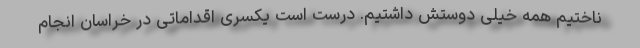
ناختیم همه خیلی دوستش داشتیم. درست است یکسری اقداماتی در خراسان انجام